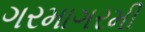
ગરમાગરમી